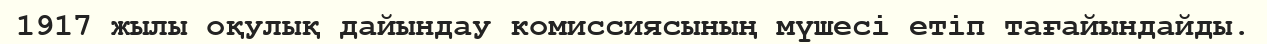
1917 жылы оқулық дайындау комиссиясының мүшесi етiп тағайындайды.